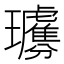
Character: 𤫗